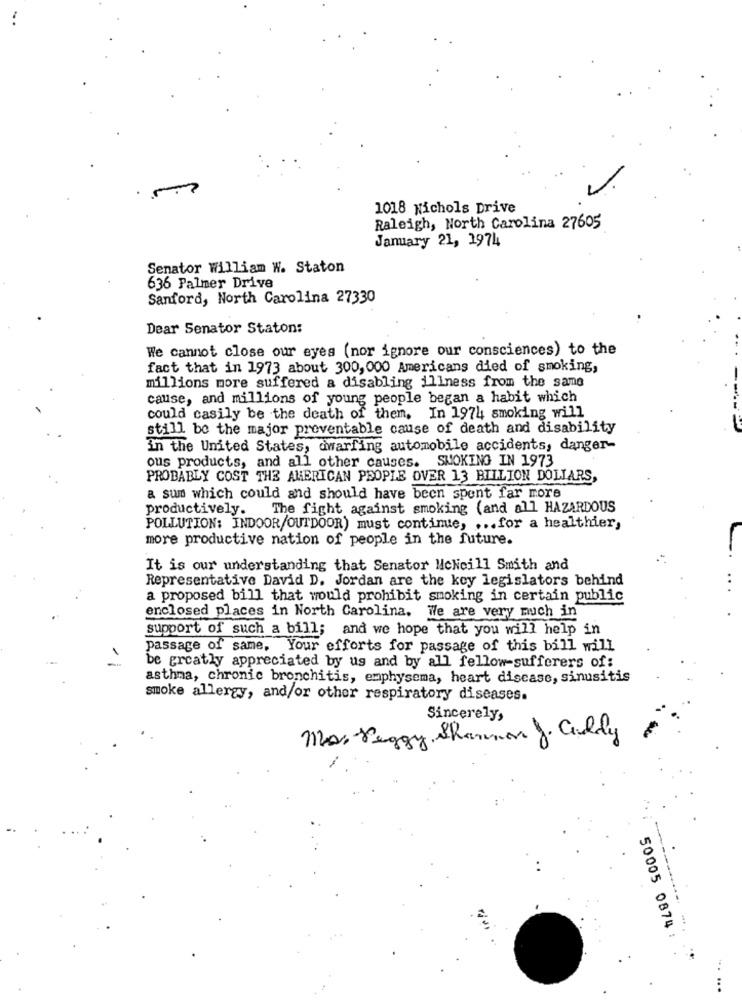
1018 Nichols Drive
Raleigh, North Carolina 27605
January 21, 1974
Senator William W. Staton
636 Palmer Drive
Sanford, North Carolina 27330
Dear Senator Staton:
We cannot close our eyes (nor ignore our consciences) to the
fact that in 1973 about 300, 000 Americans died of smoking,
millions more suffered a disabling illness from the same
cause, and millions of young people began a habit which
could casily be the death of them. In 1974 smoking will
still be the major preventable cause of death and disability
In the United States, dwarfing automobile accidents, danger-
ous products, and all other causes. SMOKING IN 1973
PROBABLY COST THE AMERICAN PEOPLE OVER 13 BILLION DOLLARS,
a sum which could and should have been spent far more
productively. The fight against smoking (and all HAZARDOUS
POLLUTION: INDOOR/OUTDOOR) must continue, ... for a healthier,
more productive nation of people in the future.
It is our understanding that Senator McNeill Smith and
Representative David D. Jordan are the key legislators behind
..
a proposed bill that would prohibit smoking in certain public
enclosed places in North Carolina. We are very much in
support of such a bill; and we hope that you will help in
passage of same, Your efforts for passage of this bill will
be greatly appreciated by us and by all fellow-sufferers of:
asthma, chronic bronchitis, emphysema, heart disease, sinusitis
smoke allergy, and/or other respiratory diseases.
Sincerely,
Mas Peggy Shannon J. Cilly
50005 0874 :